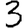
Digit: 3